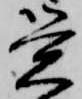
覚